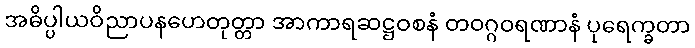
အဓိပ္ပါယဝိညာပနဟေတုတ္တာ အာကာရဆဋ္ဌဝစနံ တဝဂ္ဂဝရဏာနံ ပုရေက္ခတာ